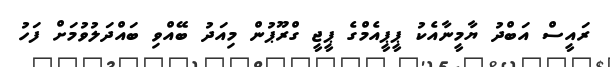
ރައީސް އަބްދު ޔާމީނާއެކު ޕީޕީއެމްގެ ޕީޖީ ގްރޫޕުން މިއަދު ބޭއްވި ބައްދަލުވުމަށް ފަހު